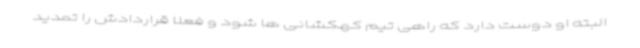
البته او دوست دارد که راهی تیم کهکشانی ها شود و فعلا قراردادش را تمدید